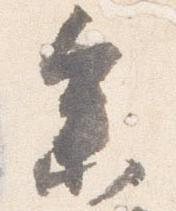
参